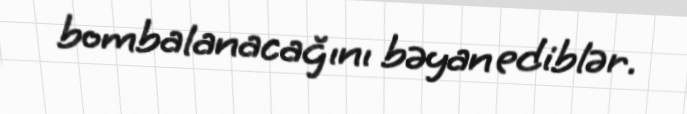
bombalanacağını bəyan ediblər.